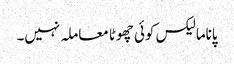
پاناما لیکس کوئی چھوٹا معاملہ نہیں۔